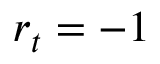
r _ { t } = - 1